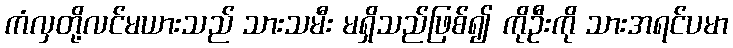
ကံလှတို့လင်မယားသည် သားသမီး မရှိသည်ဖြစ်၍ ကိုဦးကို သားအရင်ပမာ